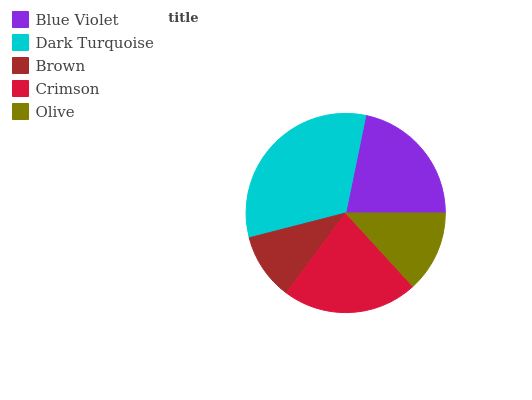
| Blue Violet | Dark Turquoise | Brown | Crimson | Olive |
 | --- | --- | --- | --- | --- |
 | 21.8% | 32.3% | 10.8% | 21.9% | 13.2% |